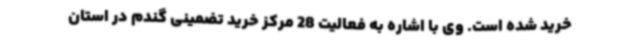
خرید شده است. وی با اشاره به فعالیت 28 مرکز خرید تضمینی گندم در استان